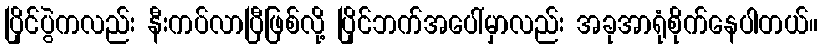
ပြိုင်ပွဲကလည်း နီးကပ်လာပြီဖြစ်လို့ ပြိုင်ဘက်အပေါ်မှာလည်း အခုအာရုံစိုက်နေပါတယ်။